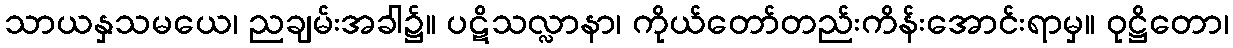
သာယနှသမယေ၊ ညချမ်းအခါ၌။ ပဋိသလ္လာနာ၊ ကိုယ်တော်တည်းကိန်းအောင်းရာမှ။ ဝုဋ္ဌိတော၊